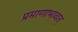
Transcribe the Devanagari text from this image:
प्रमाणाभावात्